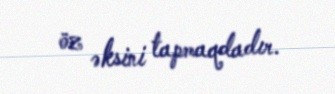
öz əksini tapmaqdadır.